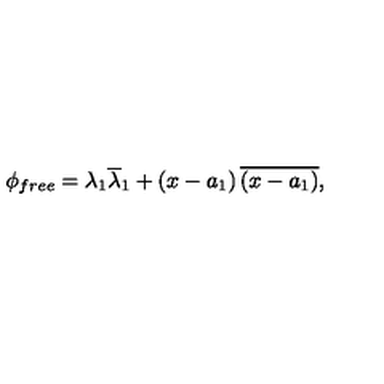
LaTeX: \phi _ { f r e e } = \lambda _ { 1 } \overline { { \lambda } } _ { 1 } + \left( x - a _ { 1 } \right) \overline { { \left( x - a _ { 1 } \right) } } ,